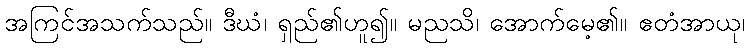
အကြင်အသက်သည်။ ဒီဃံ၊ ရှည်၏ဟူ၍။ မညသိ၊ အောက်မေ့၏။ ဧတံအာယု၊